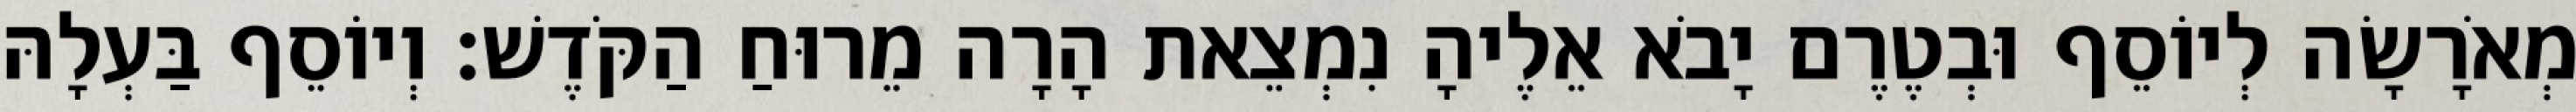
מְאֹרָשָׂה לְיוֹסֵף וּבְטֶרֶם יָבֹא אֵלֶיהָ נִמְצֵאת הָרָה מֵרוּחַ הַקֹּדֶשׁ׃ וְיוֹסֵף בַּעְלָהּ